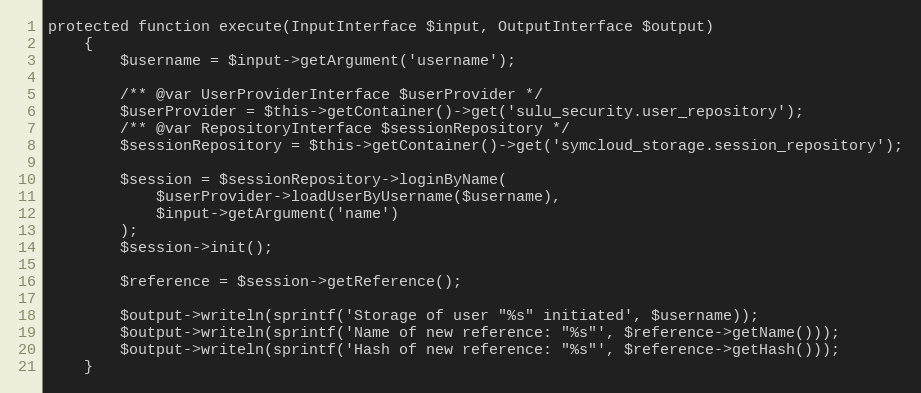
Language: PHP
protected function execute(InputInterface $input, OutputInterface $output)
    {
        $username = $input->getArgument('username');

        /** @var UserProviderInterface $userProvider */
        $userProvider = $this->getContainer()->get('sulu_security.user_repository');
        /** @var RepositoryInterface $sessionRepository */
        $sessionRepository = $this->getContainer()->get('symcloud_storage.session_repository');

        $session = $sessionRepository->loginByName(
            $userProvider->loadUserByUsername($username),
            $input->getArgument('name')
        );
        $session->init();

        $reference = $session->getReference();

        $output->writeln(sprintf('Storage of user "%s" initiated', $username));
        $output->writeln(sprintf('Name of new reference: "%s"', $reference->getName()));
        $output->writeln(sprintf('Hash of new reference: "%s"', $reference->getHash()));
    }